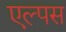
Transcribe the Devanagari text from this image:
एल्पस